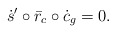
\begin{align*}\dot{s}' \circ \bar{r}_c\circ\dot{c}_g = 0 .\end{align*}